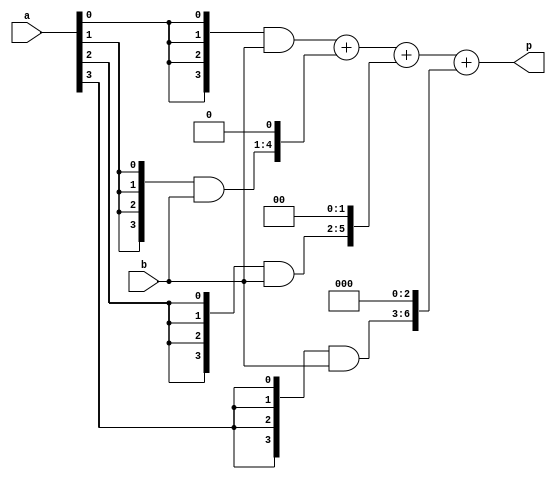
module Multiplier(a,b,p);
	input [3:0] a,b;
	wire [3:0]m0;
	wire [4:0]m1;
	wire [5:0]m2;
	wire [6:0]m3;
	
	wire [7:0]s1,s2,s3;
	output [7:0]p;
	
	assign m0 = {4{a[0]}} & b[3:0];
	assign m1 = {4{a[1]}} & b[3:0];
	assign m2 = {4{a[2]}} & b[3:0];
	assign m3 = {4{a[3]}} & b[3:0];

	assign s1 = m0 + (m1<<1);
	assign s2 = s1 + (m2<<2);
	assign s3 = s2 + (m3<<3);
	assign p=s3;
endmodule